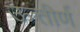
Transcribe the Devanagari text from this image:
ऊत्तीर्ण